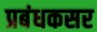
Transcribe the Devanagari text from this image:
प्रबंधकसर